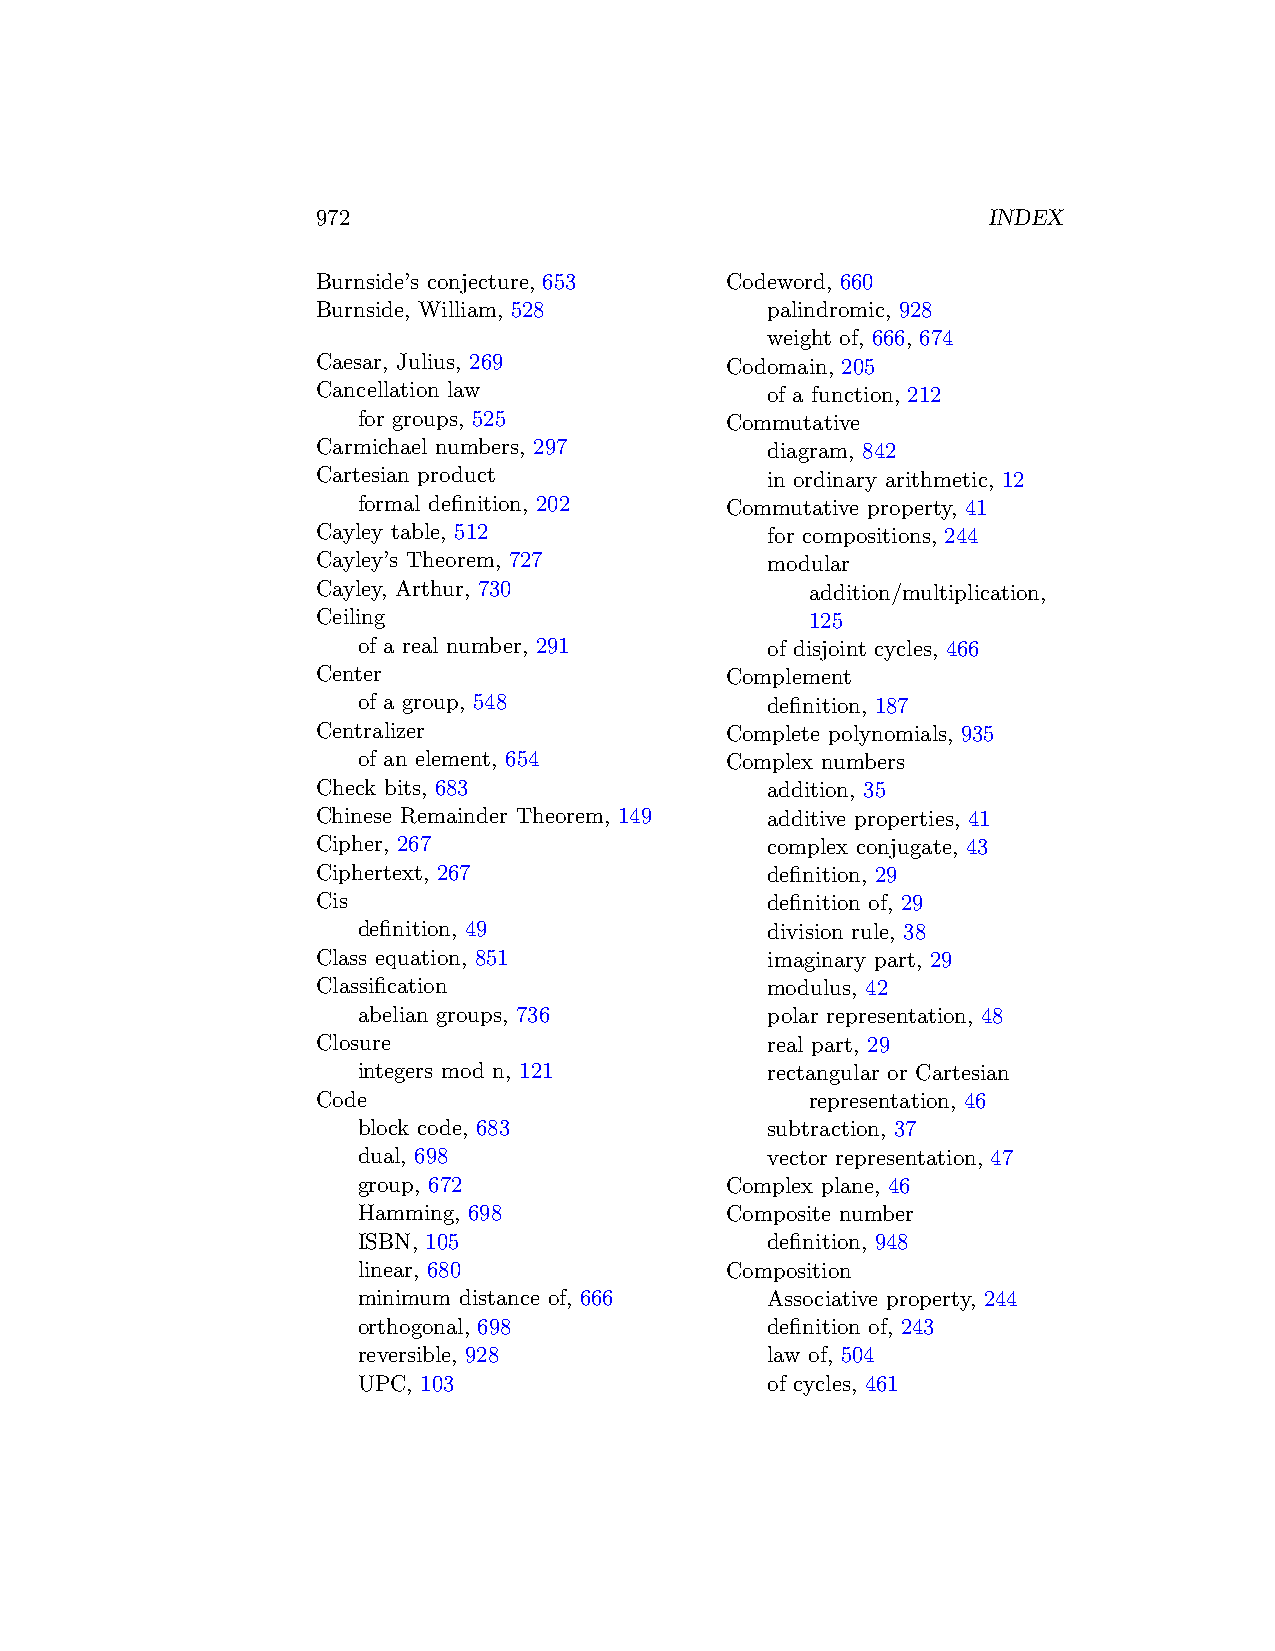
972                                         INDEX
 Burnside’s conjecture, 653 Codeword, 660
 Burnside, William, 528        palindromic, 928
 weight of, 666, 674
 Caesar, Julius, 269        Codomain, 205
 Cancellation law              of a function, 212
 for groups, 525         Commutative
 Carmichael numbers, 297       diagram, 842
 Cartesian product             in ordinary arithmetic, 12
 formal definition, 202  Commutative property, 41
 Cayley table, 512             for compositions, 244
 Cayley’s Theorem, 727         modular
 Cayley, Arthur, 730              addition/multiplication,
 Ceiling                          125
 of a real number, 291      of disjoint cycles, 466
 Center                     Complement
 of a group, 548            definition, 187
 Centralizer                Complete polynomials, 935
 of an element, 654      Complex numbers
 Check bits, 683               addition, 35
 Chinese Remainder Theorem, 149 additive properties, 41
 Cipher, 267                   complex conjugate, 43
 Ciphertext, 267               definition, 29
 Cis                           definition of, 29
 definition, 49             division rule, 38
 Class equation, 851           imaginary part, 29
 Classification                modulus, 42
 abelian groups, 736        polar representation, 48
 Closure                       real part, 29
 integers mod n, 121        rectangular or Cartesian
 Code                             representation, 46
 block code, 683            subtraction, 37
 dual, 698                  vector representation, 47
 group, 672              Complex plane, 46
 Hamming, 698            Composite number
 ISBN, 105                  definition, 948
 linear, 680             Composition
 minimum distance of, 666   Associative property, 244
 orthogonal, 698            definition of, 243
 reversible, 928            law of, 504
 UPC, 103                   of cycles, 461